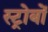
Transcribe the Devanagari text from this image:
स्ट्रोबों